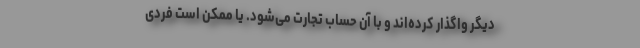
دیگر واگذار کرده‌اند و با آن حساب تجارت می‌شود. یا ممکن است فردی